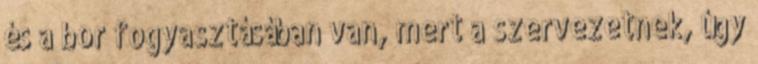
és a bor fogyasztásában van, mert a szervezetnek, úgy